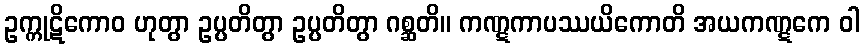
ဥက္ကုဋိကောဝ ဟုတွာ ဥပ္ပတိတွာ ဥပ္ပတိတွာ ဂစ္ဆတိ။ ကဏ္ဋကာပဿယိကောတိ အယကဏ္ဋကေ ဝါ